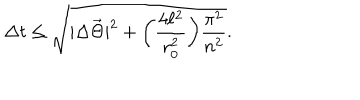
LaTeX: \Delta t \leq \sqrt { | \Delta \vec { \Theta } | ^ { 2 } + \biggl ( \frac { 4 \ell ^ { 2 } } { r _ { 0 } ^ { 2 } } \biggr ) \frac { \pi ^ { 2 } } { n ^ { 2 } } } .